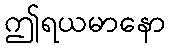
ဤရယမာနော